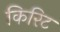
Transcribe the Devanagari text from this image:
किरिट